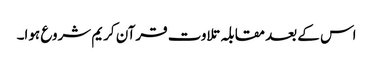
اس کے بعد مقابلہ تلاوت قرآن کریم شروع ہوا۔